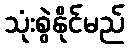
သုံးစွဲနိုင်မည်